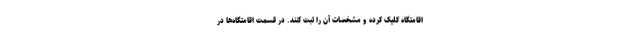
اقامتگاه کلیک کرده و مشخصات آن را ثبت کنند. در قسمت اقامتگاه‌ها در